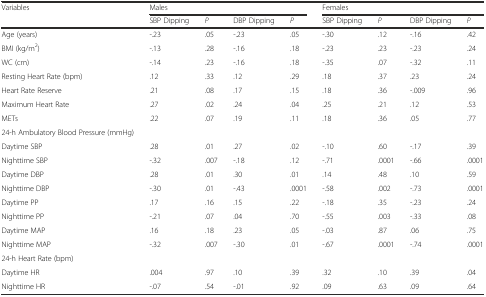
<table><thead><tr><td rowspan="2"><b>Variables</b></td><td colspan="4"><b>Males</b></td><td colspan="4"><b>Females</b></td></tr><tr><td><b>SBP Dipping</b></td><td><b><i>P</i></b></td><td><b>DBP Dipping</b></td><td><b><i>P</i></b></td><td><b>SBP Dipping</b></td><td><b><i>P</i></b></td><td><b>DBP Dipping</b></td><td><b><i>P</i></b></td></tr></thead><tbody><tr><td>Age (years)</td><td>-.23</td><td>.05</td><td>-.23</td><td>.05</td><td>-.30</td><td>.12</td><td>-.16</td><td>.42</td></tr><tr><td>BMI (kg/m<sup>2</sup>)</td><td>-.13</td><td>.28</td><td>-.16</td><td>.18</td><td>-.23</td><td>.23</td><td>-.23</td><td>.24</td></tr><tr><td>WC (cm)</td><td>-.14</td><td>.23</td><td>-.16</td><td>.18</td><td>-.35</td><td>.07</td><td>-.32</td><td>.11</td></tr><tr><td>Resting Heart Rate (bpm)</td><td>.12</td><td>.33</td><td>.12</td><td>.29</td><td>.18</td><td>.37</td><td>.23</td><td>.24</td></tr><tr><td>Heart Rate Reserve</td><td>.21</td><td>.08</td><td>.17</td><td>.15</td><td>.18</td><td>.36</td><td>-.009</td><td>.96</td></tr><tr><td>Maximum Heart Rate</td><td>.27</td><td>.02</td><td>.24</td><td>.04</td><td>.25</td><td>.21</td><td>.12</td><td>.53</td></tr><tr><td>METs</td><td>.22</td><td>.07</td><td>.19</td><td>.11</td><td>.18</td><td>.36</td><td>.05</td><td>.77</td></tr><tr><td>24-h Ambulatory Blood Pressure (mmHg)</td><td colspan="8"></td></tr><tr><td>Daytime SBP</td><td>.28</td><td>.01</td><td>.27</td><td>.02</td><td>-.10</td><td>.60</td><td>-.17</td><td>.39</td></tr><tr><td>Nighttime SBP</td><td>-.32</td><td>.007</td><td>-.18</td><td>.12</td><td>-.71</td><td>.0001</td><td>-.66</td><td>.0001</td></tr><tr><td>Daytime DBP</td><td>.28</td><td>.01</td><td>.30</td><td>.01</td><td>.14</td><td>.48</td><td>.10</td><td>.59</td></tr><tr><td>Nighttime DBP</td><td>-.30</td><td>.01</td><td>-.43</td><td>.0001</td><td>-.58</td><td>.002</td><td>-.73</td><td>.0001</td></tr><tr><td>Daytime PP</td><td>.17</td><td>.16</td><td>.15</td><td>.22</td><td>-.18</td><td>.35</td><td>-.23</td><td>.24</td></tr><tr><td>Nighttime PP</td><td>-.21</td><td>.07</td><td>.04</td><td>.70</td><td>-.55</td><td>.003</td><td>-.33</td><td>.08</td></tr><tr><td>Daytime MAP</td><td>.16</td><td>.18</td><td>.23</td><td>.05</td><td>-.03</td><td>.87</td><td>.06</td><td>.75</td></tr><tr><td>Nighttime MAP</td><td>-.32</td><td>.007</td><td>-.30</td><td>.01</td><td>-.67</td><td>.0001</td><td>-.74</td><td>.0001</td></tr><tr><td>24-h Heart Rate (bpm)</td><td></td><td></td><td colspan="4"></td><td></td><td></td></tr><tr><td>Daytime HR</td><td>.004</td><td>.97</td><td>.10</td><td>.39</td><td>.32</td><td>.10</td><td>.39</td><td>.04</td></tr><tr><td>Nighttime HR</td><td>-.07</td><td>.54</td><td>-.01</td><td>.92</td><td>.09</td><td>.63</td><td>.09</td><td>.64</td></tr></tbody></table>